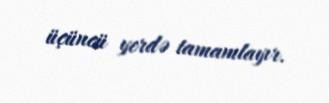
üçüncü yerdə tamamlayır.